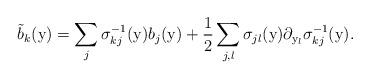
LaTeX: \begin{align*}\tilde b_k({\mathrm y}) = \sum_j \sigma_{kj}^{-1}({\mathrm y}) b_j({\mathrm y}) +{ 1\over 2} \sum_{j,l} \sigma_{jl}({\mathrm y}) \partial_{{\mathrm y}_l} \sigma_{kj}^{-1}({\mathrm y}). \end{align*}